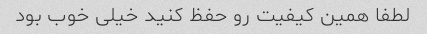
لطفا همین کیفیت رو حفظ کنید خیلی خوب بود